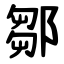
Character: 鄒